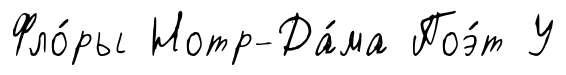
Фло́ры Нотр-Да́ма Поэ́т У